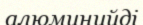
алюминийді